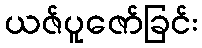
ယဇ်ပူဇော်ခြင်း